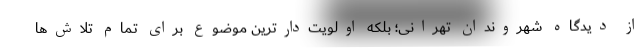
از دیدگاه شهروندان تهرانی؛ بلکه اولویت‌دارترین موضوع برای تمام تلاش‌ها